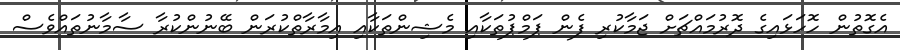
އެގޮތުން ހޮހަޅައިގެ ދޮރުމައްޗަށް ޖަމާކުރި ފެން ޕަމްޕުތަކާއި މެޝިންތަކާއި އިމާރާތްކުރަން ބޭނުންކުރާ ސާމާނުތައްވެސް